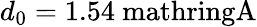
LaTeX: d_{0}=1.54\mathrm{\ mathring{A}}